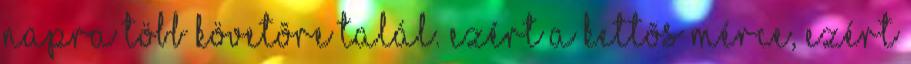
napra több követõre talál. Ezért a kettõs mérce, ezért